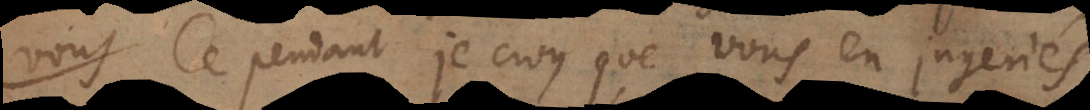
pas. Cependant je croy que vous en jugeriés